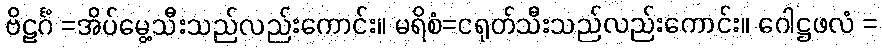
ဗိဠင်္ဂံ =အိပ်မွေ့သီးသည်လည်းကောင်း။ မရိစံ=ငရုတ်သီးသည်လည်းကောင်း။ ဂေါဋ္ဌဖလံ =